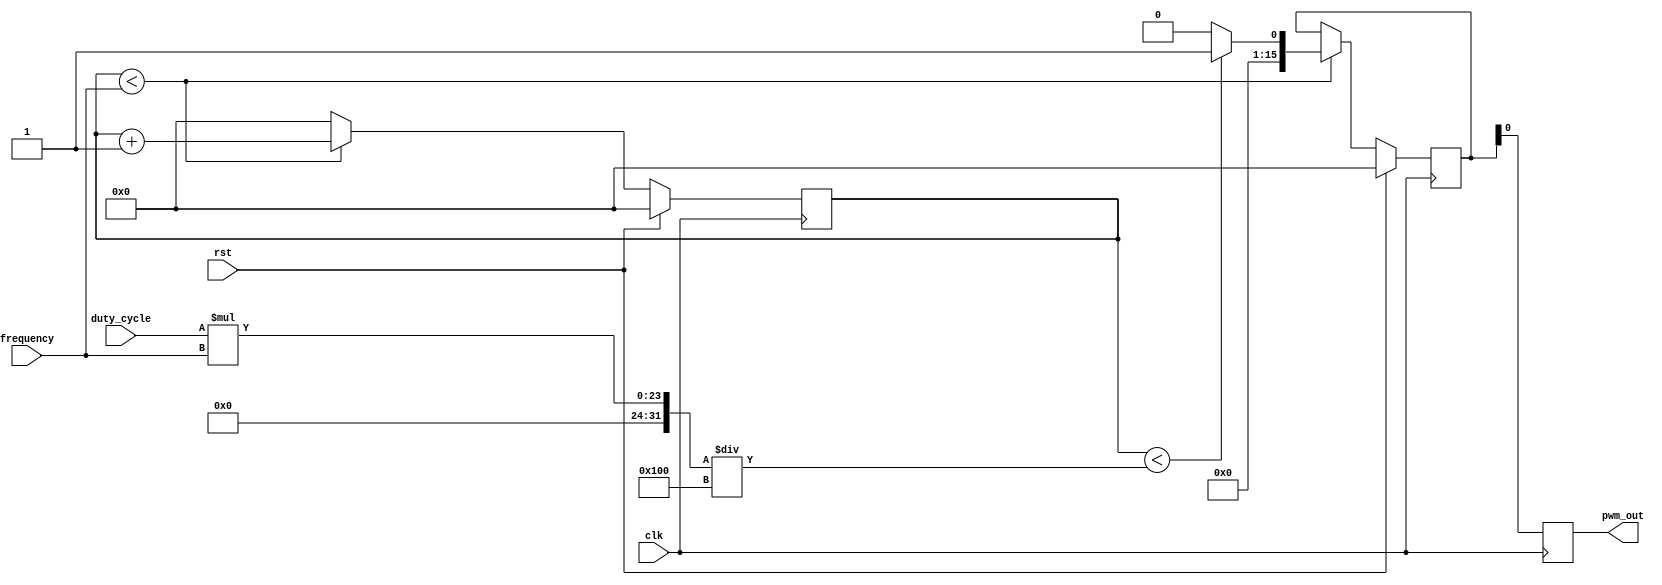
module PWM_Pulse_Generator (
    input wire clk,
    input wire rst,
    input wire [7:0] duty_cycle,
    input wire [15:0] frequency,
    output reg pwm_out
);

reg [15:0] count;
reg [15:0] pulse_width;

// Control Module
always @ (posedge clk) begin
    if (rst) begin
        count <= 0;
        pulse_width <= 0;
    end else begin
        if (count < frequency) begin
            count <= count + 1;
            if (count < duty_cycle * frequency / 256) begin
                pulse_width <= 1;
            end else begin
                pulse_width <= 0;
            end
        end else begin
            count <= 0;
        end
    end
end

// Output PWM signal
always @ (posedge clk) begin
    pwm_out <= pulse_width;
end

endmodule